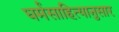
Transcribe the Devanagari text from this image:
धर्मसाहित्यानुसार